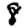
Digit: 8